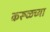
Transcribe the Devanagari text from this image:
करूळच्या